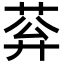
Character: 𦰠